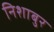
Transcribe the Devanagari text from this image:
निशाबुर